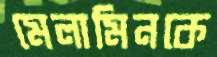
মেলামিনকে